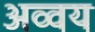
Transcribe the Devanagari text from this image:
अव्वय